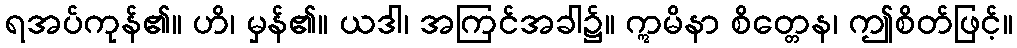
ရအပ်ကုန်၏။ ဟိ၊ မှန်၏။ ယဒါ၊ အကြင်အခါ၌။ ဣမိနာ စိတ္တေန၊ ဤစိတ်ဖြင့်။